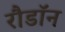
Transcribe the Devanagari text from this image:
रौडॉन